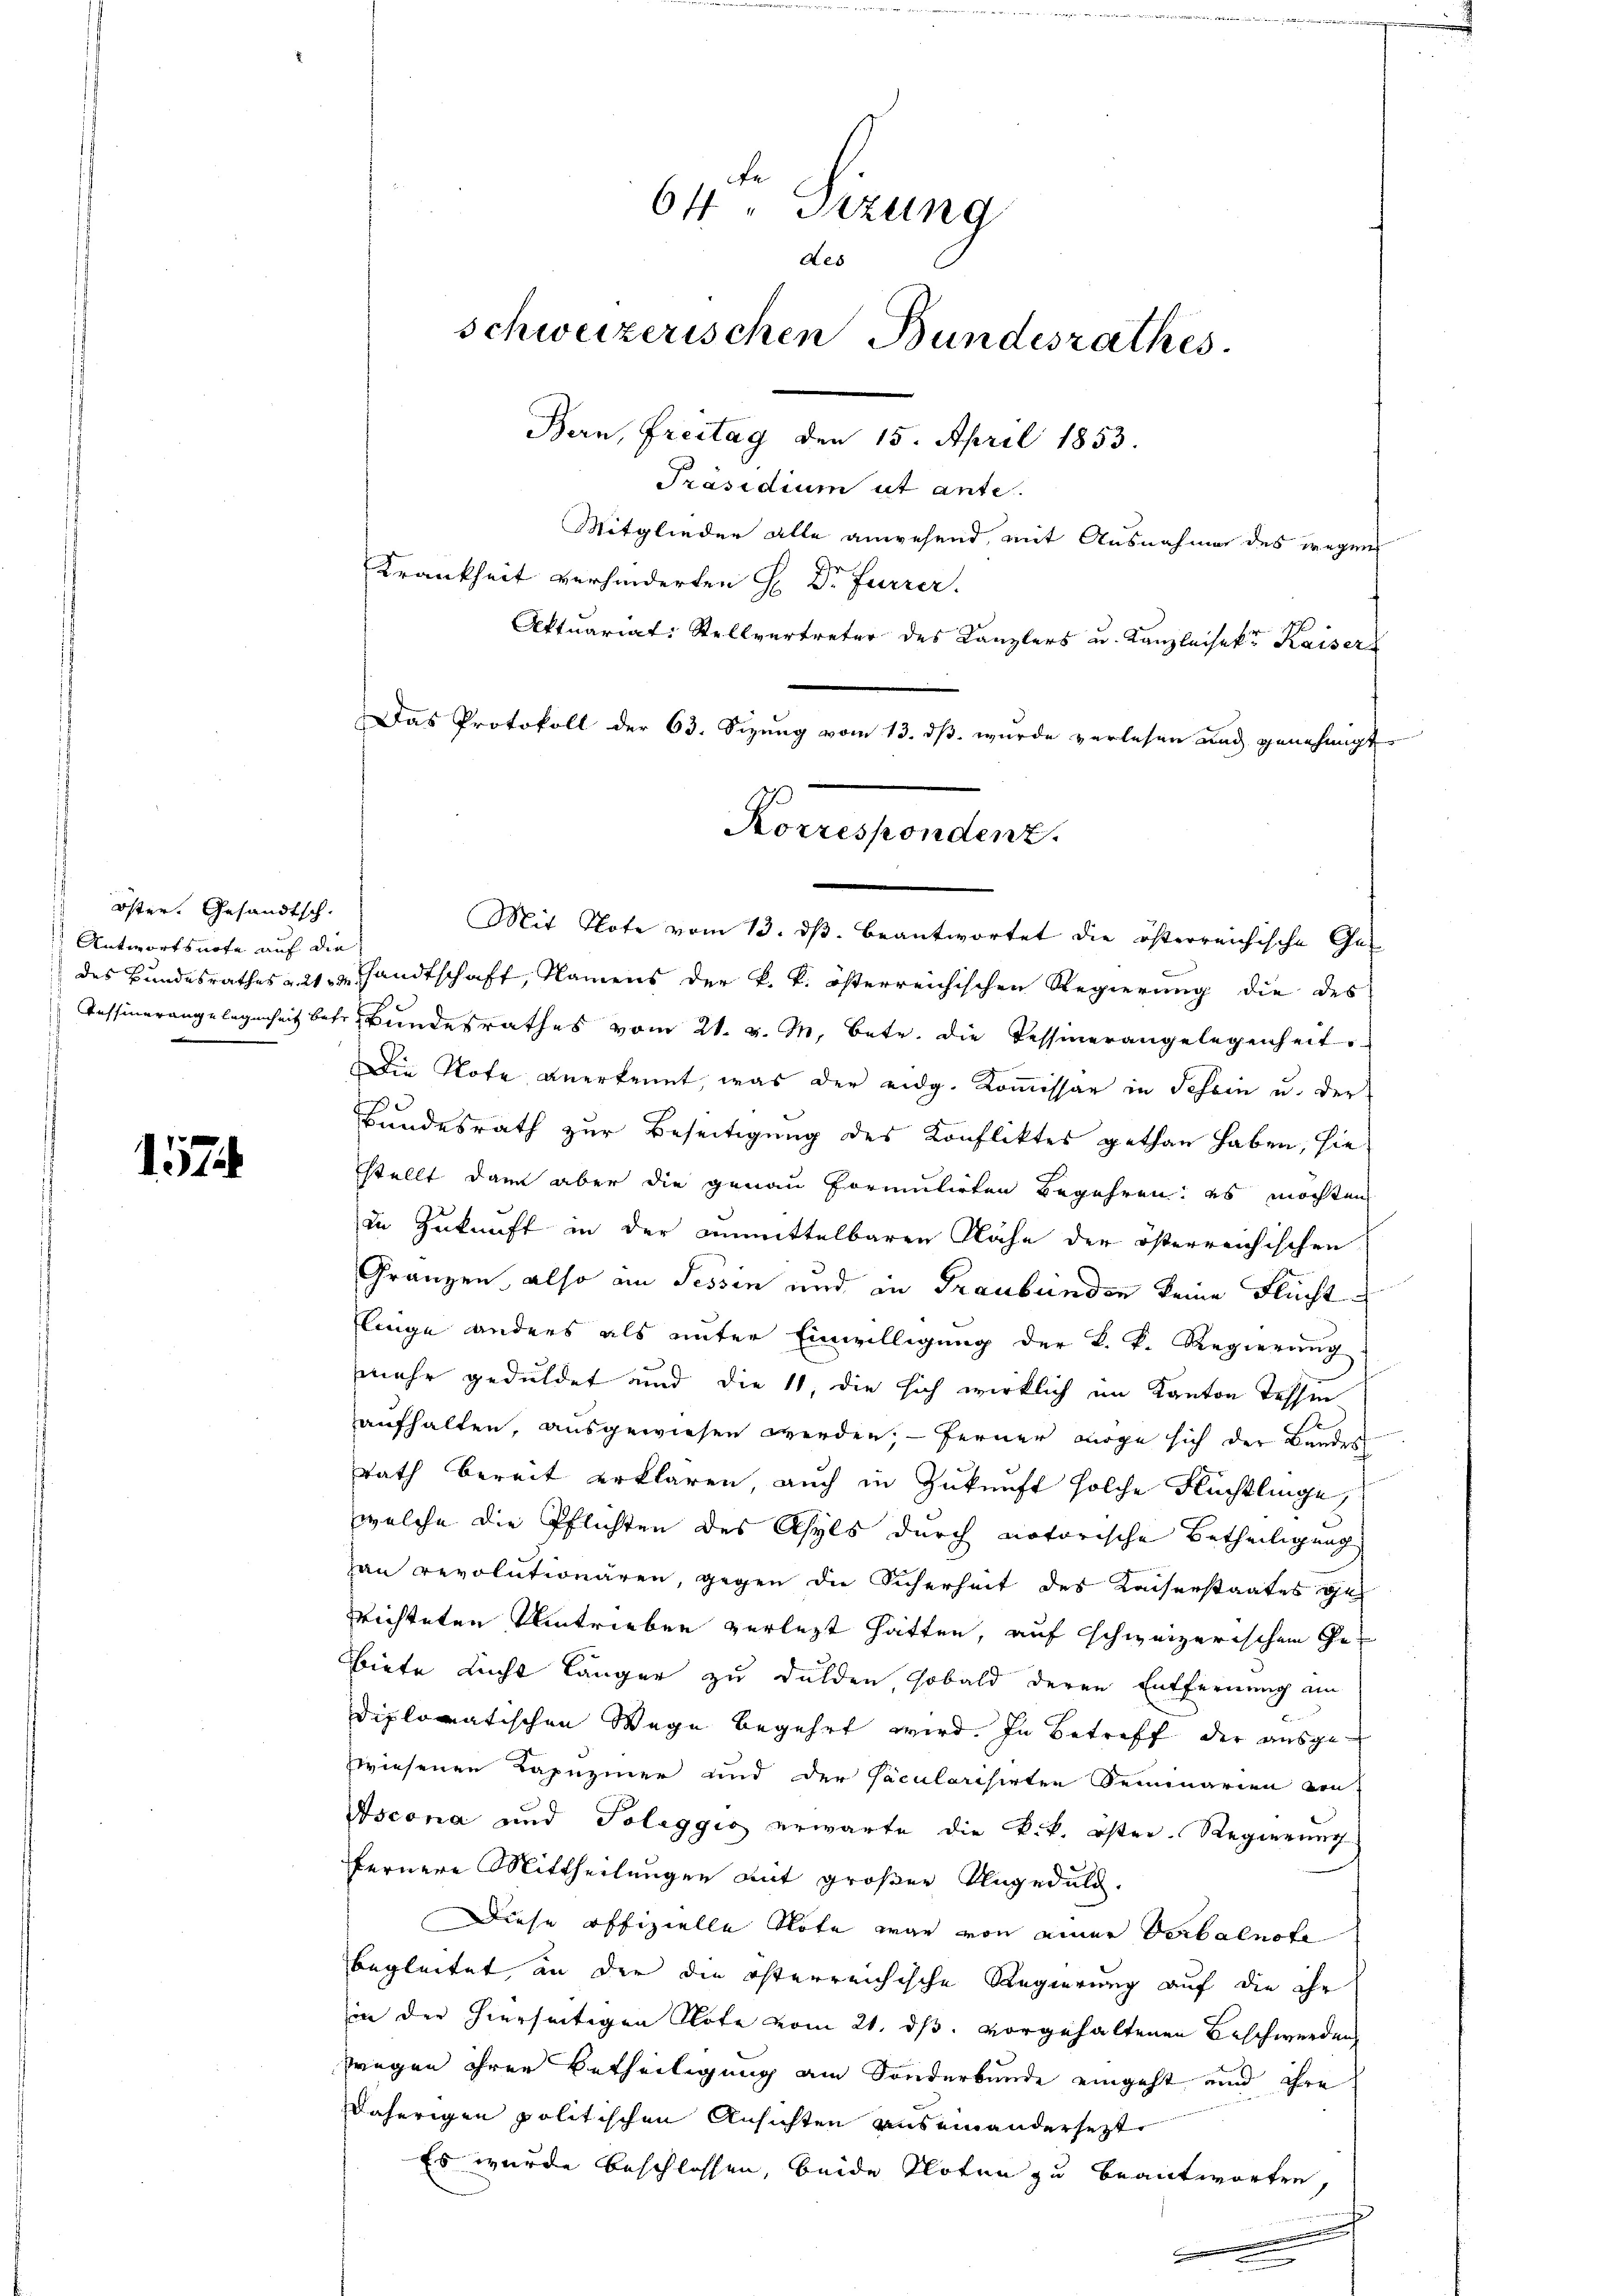
öster. Gesandtsch.
Antwortsnote auf die
des Bundesrathes u. 21 t M
Aussinerangelegenheit befr

157

Das Protokoll der 63. Sizung vom 13. ds. wurde verlesen und genehmigte
Korrespondenz.

64 " Sitzung
des
schweizerischen Bundesrathes.
Bern, Freitag den 15. April 1853.
Präsidium ut ante.
Mitglieder alle anwesend, mit Ausnahme des wegen
Krankheit verhinderten H. Dr Furrer.

Aktuariat: Stellvertreter des Kanzlers u. Kanzleisekt Kaiser
Mit Note vom 13. ds. beantwortet die österreichische Ge-
sandtschaft, Namens der k. k. österreichischen Regierung die des
Bundesrathes vom 21. v. M. betr. die Tessinerangelegenheit
Die Note anerkennt, was der eidg. Koṁissar in Schein u. der
Bundesrath zur Beseitigung des Konfliktes gethan haben, sie
stellt dann aber die genau formulirten Begehren: es möchten
in Zukunft in der anmittelbaren Nähe der österreichischen
Gränzen, also an Tessin und in Graubünden keine Flucht
linge anders als unter Einwilligung der K. K. Regierung
mehr geduldet und die 11, die sich wirklich im Kanton Tessen
aufhalten, ausgewiesen werden; — ferner möge sich der Bandes
Rath bereit erklären, auch in Zukunft solche Flüchtlinge,
welche die Pflichten des Asyls durch notorische Betheiligung
an revolutionären, gegen die Sicherheit des Kaiserstaates geh
Richteten Umtrieben verlegt hatten, auf schweizerischen Gebiete Licht länger zu dulden, sobald deren Entfernung am
diplomatischen Wege begehrt wird. In Betreff der ausgewiesenen Kapuziner und der Päcularisirten Seminarien von
Tscona und Poleggio erwarte die k.k. öster-Regierung
fernere Mittheilungen mit großer Ungeduld.
Diese offizielle Klote war von einer Verbalnote
egleitet, an der die österreichische Regierung auf die ihr
in der hierseitigen Note vom 21. ds. vorgehaltenen Beschwerden
wegen ihrer Betheiligung am Sonderbunde eingeht und ihre
daherigen politischen Ansichten auseinandersetzt
Es wurde beschlossen, beide Noten zu beantworten,
e